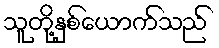
သူတို့နှစ်ယောက်သည်